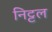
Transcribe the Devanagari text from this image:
निट्टल